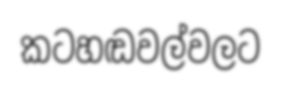
කටහඬවල්වලට